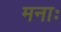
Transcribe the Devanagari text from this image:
मनाः